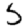
Digit: 5